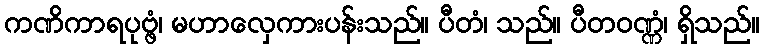
ကဏိကာရပုဗ္ဖံ၊ မဟာလှေကားပန်းသည်။ ပီတံ၊ သည်။ ပီတဝဏ္ဏံ၊ ရှိသည်။